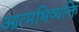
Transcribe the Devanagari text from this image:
आत्मभिव्यक्ति